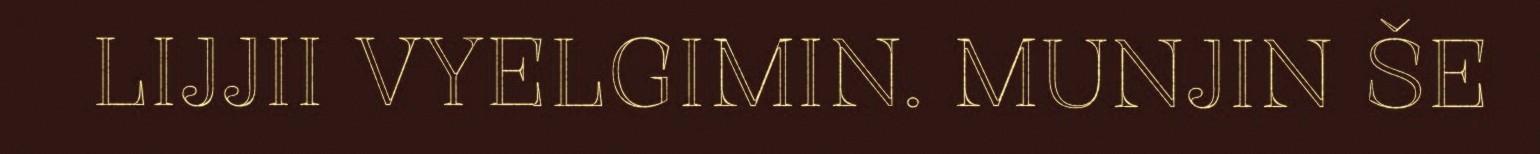
LIJJII VYELGIMIN. MUNJIN ŠE